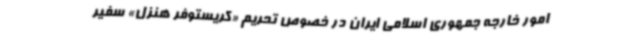
امور خارجه جمهوری اسلامی ایران در خصوص تحریم «کریستوفر هنزل» سفیر